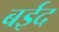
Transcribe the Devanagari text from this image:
बईद